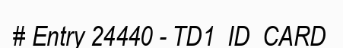
# Entry 24440 - TD1_ID_CARD